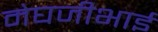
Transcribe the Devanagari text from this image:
मेघजीभाई